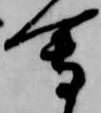
会